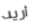
أريد